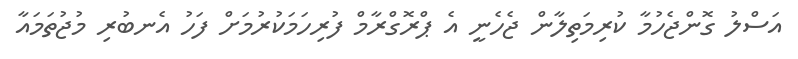
އަސްލު ގޮންޖެހުމާ ކުރިމަތިލާން ޖެހެނީ އެ ޕްރޮގްރާމް ފުރިހަމަކުރުމަށް ފަހު އެނބުރި މުޖުތަމައާ